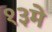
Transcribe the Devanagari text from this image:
१३मे